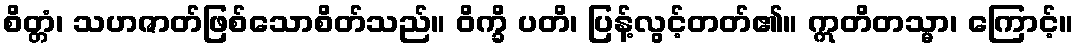
စိတ္တံ၊ သဟဇာတ်ဖြစ်သောစိတ်သည်။ ဝိက္ခိ ပတိ၊ ပြန့်လွင့်တတ်၏။ ဣတိတသ္မာ၊ ကြောင့်။